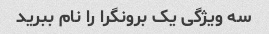
سه ویژگی یک برونگرا را نام ببرید